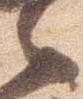
候